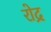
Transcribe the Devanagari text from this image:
रोद्र